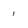
Character: 1